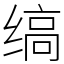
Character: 缟